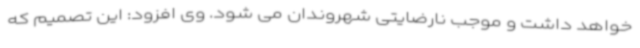
خواهد داشت و موجب نارضایتی شهروندان می شود. وی افزود: این تصمیم که